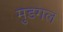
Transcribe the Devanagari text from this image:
मुडगल